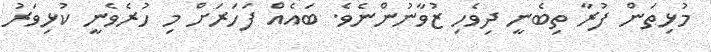
މުޅިތަން ފުރާ ތިބެނީ ދިވެހި ޒުވާނުންނެވެ. ބައެއް ފަހަރަށް މި ހުރެވެނީ ކުޅިވަރު